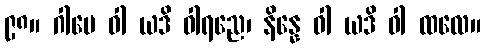
၉၈။ ဂါမေ ဝါ ယဒိ ဝါရညေ၊ နိန္နေ ဝါ ယဒိ ဝါ ထလေ။